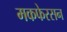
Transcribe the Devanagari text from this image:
मकफेरसन